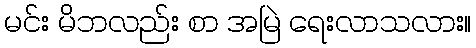
မင်း မိဘလည်း စာ အမြဲ ရေးလာသလား။